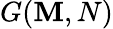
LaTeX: G(\mathbf{M},N)